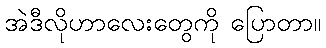
အဲဒီလိုဟာလေးတွေကို ပြောတာ။